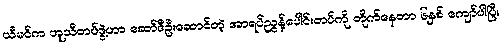
ယီမင်က ဟူသီတပ်ဖွဲ့ဟာ ဆော်ဒီဦးဆောင်တဲ့ အာရပ်ညွန့်ပေါင်းတပ်ကို တိုက်နေတာ ၆နှစ် ကျော်ပါပြီ။